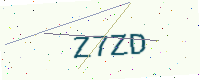
Text: Z7ZD